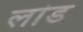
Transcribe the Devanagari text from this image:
लांड